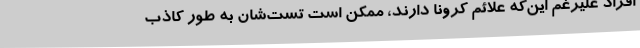
افراد علیرغم این‌که علائم کرونا دارند، ممکن است تست‌شان به طور کاذب